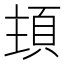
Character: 𩒊